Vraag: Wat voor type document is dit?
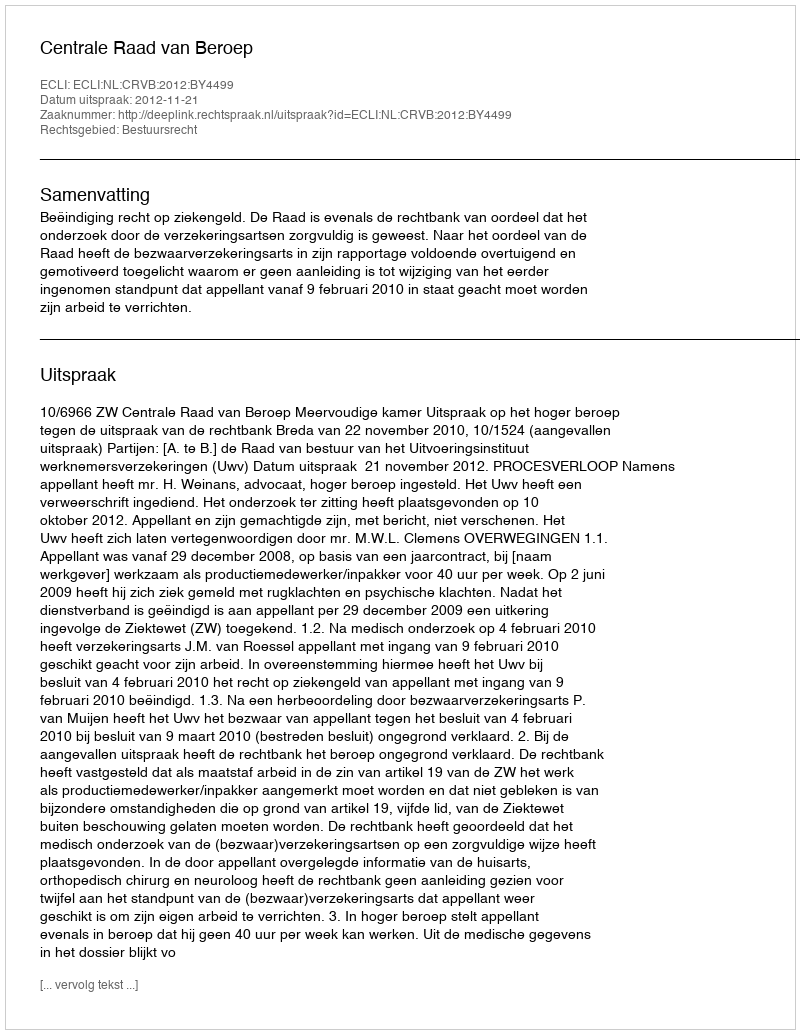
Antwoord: Uitspraak